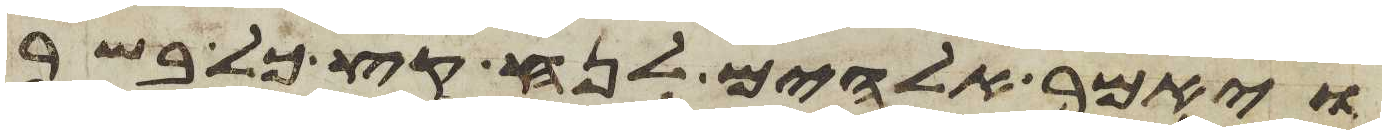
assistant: ויאמר אלהים לנח קץ כל בשר